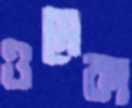
ওমেকা